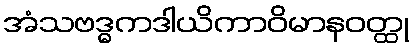
အံသဗဒ္ဓကဒါယိကာဝိမာနဝတ္ထု